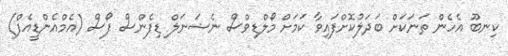
ކިނބޫ އެހެން ތަނަކަށް ބަދަލުކޮށްފައިވާ ކަމަށް މޯލްޑިވްސް ނެޝަނަލް ޑިފެންސް ފޯސް (އެމްއެންޑީއެފް)